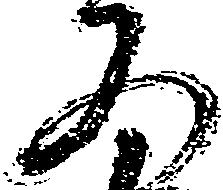
又